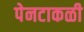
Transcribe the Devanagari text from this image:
पेनटाकळी